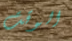
الوقت